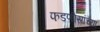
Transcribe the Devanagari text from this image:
फडणीसांच्या